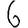
Digit: 6